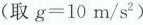
（取$$g = 1 0 m / s ^ { 2 }$$）